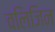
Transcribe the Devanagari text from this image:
वलिजिन